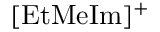
\mathrm { [ E t M e I m ] ^ { + } }